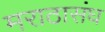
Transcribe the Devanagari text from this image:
मराठासंघ